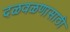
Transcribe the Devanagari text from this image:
दळवळणासाठी